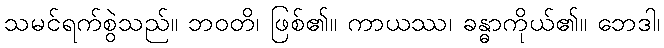
သမင်ရက်စွဲသည်။ ဘဝတိ၊ ဖြစ်၏။ ကာယဿ၊ ခန္ဓာကိုယ်၏။ ဘေဒါ၊